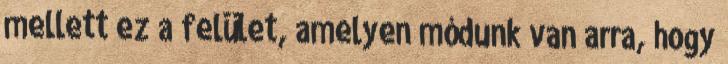
mellett ez a felület, amelyen módunk van arra, hogy